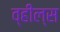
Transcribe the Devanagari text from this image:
व्‍हील्‍स